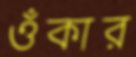
ওঁকার